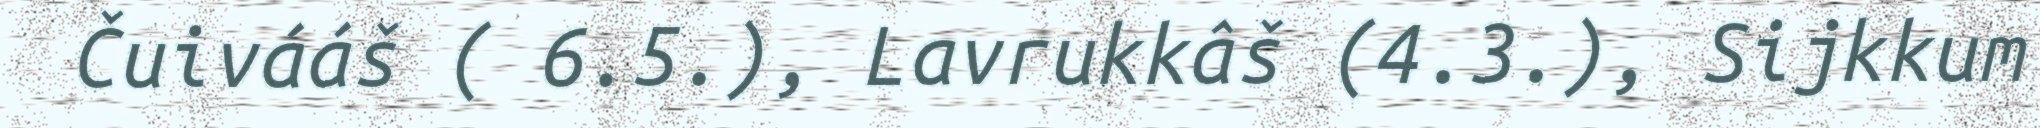
Čuivááš ( 6.5.), Lavrukkâš (4.3.), Sijkkum